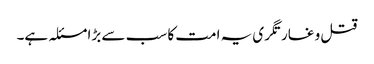
قتل و غارتگری یہ امت کا سب سے بڑا مسئلہ ہے۔